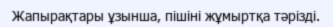
Жапырақтары ұзынша, пішіні жұмыртқа тәрізді.